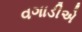
વગાડીએ